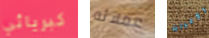
كبريائي عملائه الأكوان